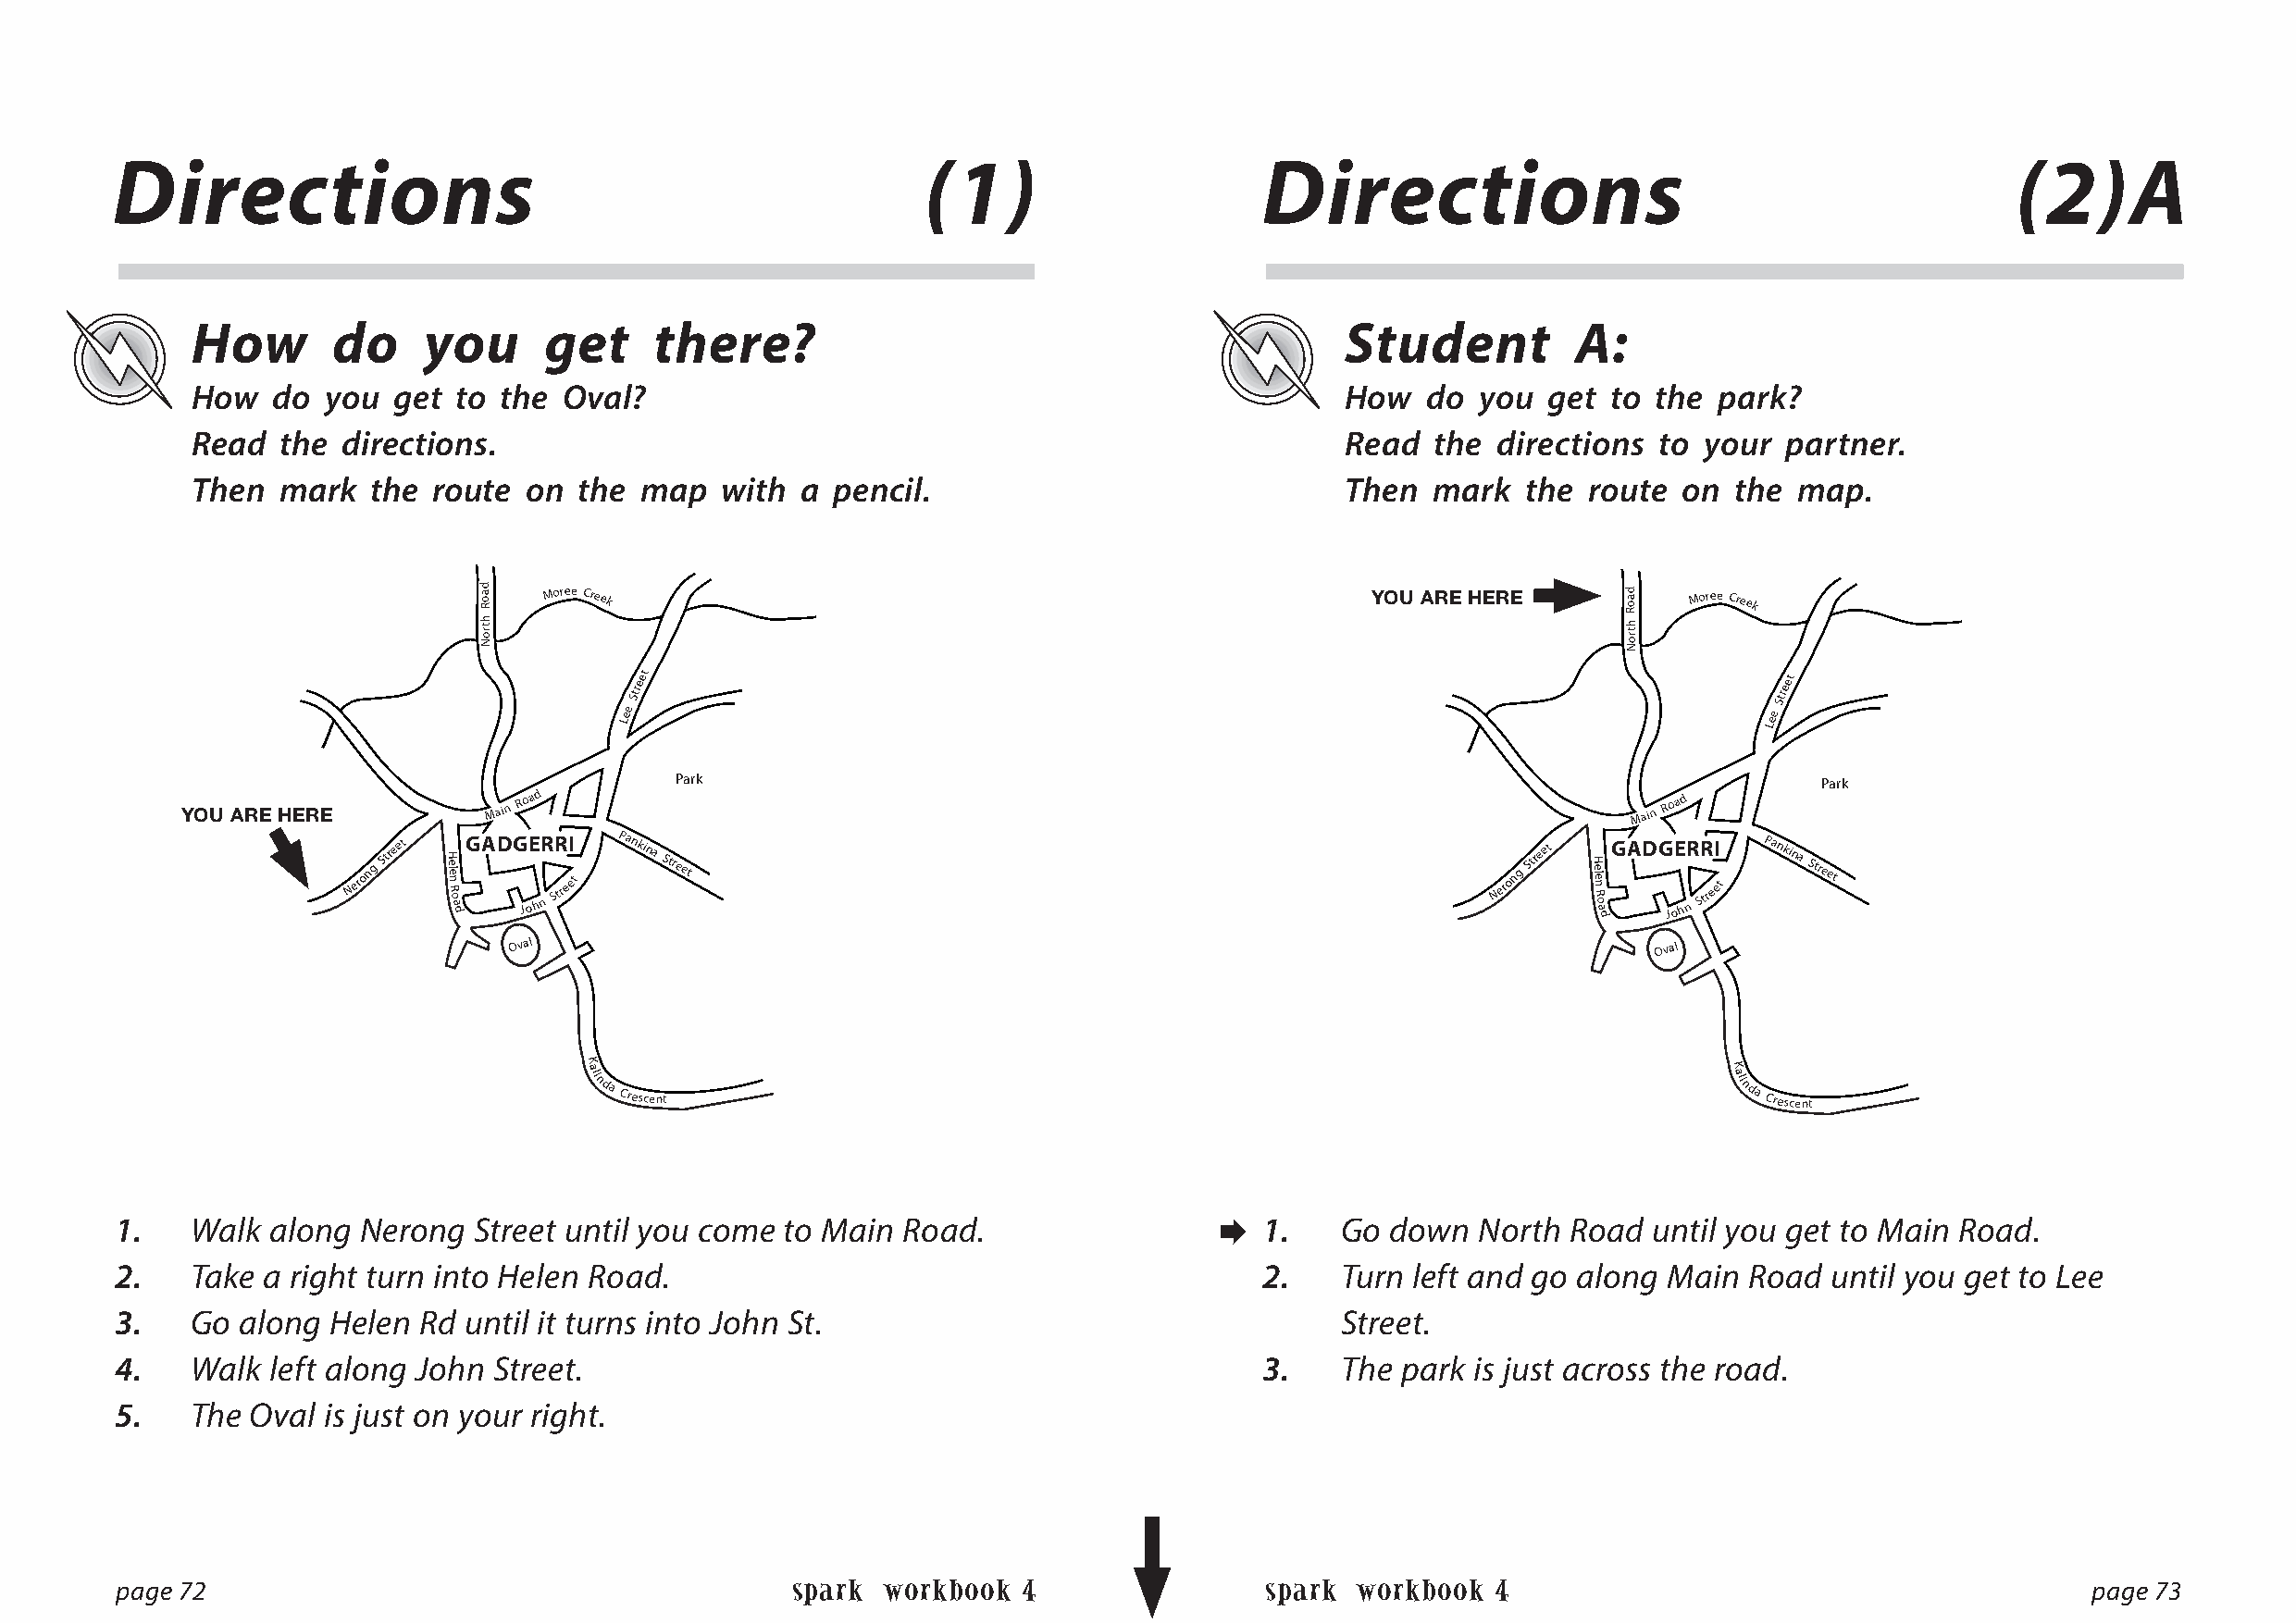
Directions                                                (1)                     Directions                                            (2)A
 How       do    you      get     there?                                           Student          A:
 How   do you  get  to the Oval?                                                   How   do  you  get to the  park?
 Read  the directions.                                                             Read   the directions  to your  partner.
 Then  mark   the route  on the  map   with a  pencil.                             Then  mark   the  route on  the  map.
 d a o R
 h tro
 N
 Moree Creek                                                YOU ARE HERE      d a o R
 h tro
 N
 Moree Creek
 Lee
 Street
 Lee
 Street
 Park                                                                              Park
 YOU ARE HERE          Main
 Road
 Main
 Road
 Nerong
 Street
 H e le n R o a
 dGADG JoE hR
 n
 SR treI
 et
 Pankina
 Street                                                      Nerong
 Street
 H e le n R o a
 dGADG JoE hR
 n
 SR treI
 et
 Pankina
 Street
 Oval                                                                             Oval
 K alinda
 Crescent
 K alinda
 Crescent
 1.    Walk along  Nerong  Street until you come to Main  Road.                   1.    Go down   North Road  until you get to Main Road.
 2.    Take a right turn into Helen Road.                                          2.    Turn left and go along Main  Road  until you get to Lee
 3.    Go along  Helen Rd until it turns into John St.                                   Street.
 4.    Walk left along John Street.                                                3.    The park is just across the road.
 5.    The Oval is just on your right.
 page 72                                          spark workbook  4                spark  workbook  4                                          page 73